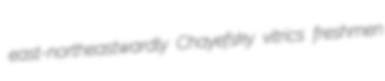
east-northeastwardly Chayefsky vitrics freshmen